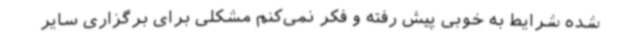
شده شرایط به خوبی پیش رفته و فکر نمی‌کنم مشکلی برای برگزاری سایر